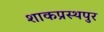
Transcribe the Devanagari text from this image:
शाकप्रस्थपुर